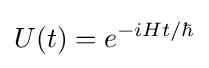
U(t)=e^{-iHt/\hbar }